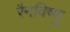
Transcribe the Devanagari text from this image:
रैनविष्णु